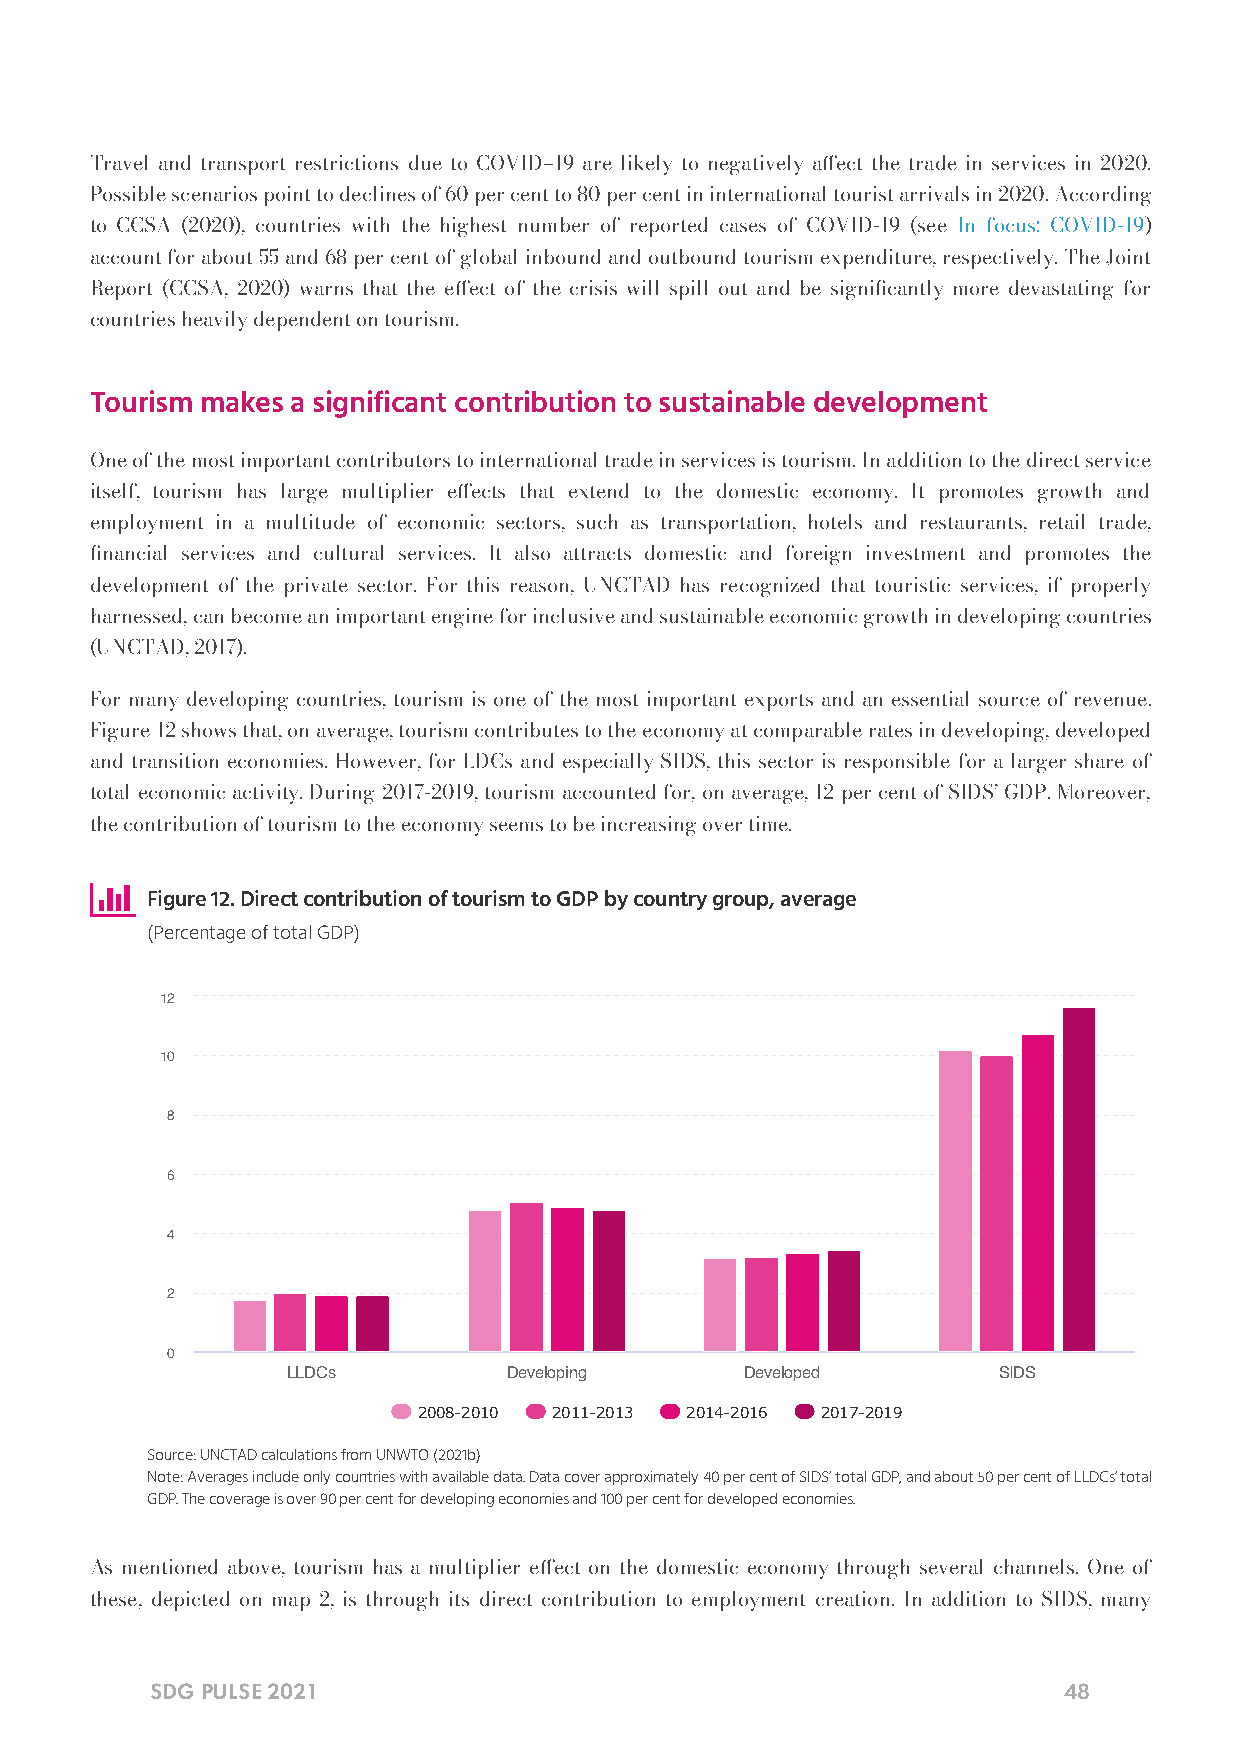
Travel and transport restrictions due to COVID–19 are likely to negatively aect the trade in services in 2020.
 Possible scenarios point to declines of 60 per cent to 80 per cent in international tourist arrivals in 2020. According
 to CCSA (2020), countries with the highest number of reported cases of COVID-19 (see In focus: COVID-19)
 account for about 55 and 68 per cent of global inbound and outbound tourism expenditure, respectively. The Joint
 Report (CCSA, 2020) warns that the eect of the crisis will spill out and be signicantly more devastating for
 countries heavily dependent on tourism.
 Tourism makes a significant contribution to sustainable development
 One of the most important contributors to international trade in services is tourism. In addition to the direct service
 itself, tourism has large multiplier eects that extend to the domestic economy. It promotes growth and
 employment in a multitude of economic sectors, such as transportation, hotels and restaurants, retail trade,
 nancial services and cultural services. It also attracts domestic and foreign investment and promotes the
 development of the private sector. For this reason, UNCTAD has recognized that touristic services, if properly
 harnessed, can become an important engine for inclusive and sustainable economic growth in developing countries
 (UNCTAD, 2017).
 For many developing countries, tourism is one of the most important exports and an essential source of revenue.
 Figure 12 shows that, on average, tourism contributes to the economy at comparable rates in developing, developed
 and transition economies. However, for LDCs and especially SIDS, this sector is responsible for a larger share of
 total economic activity. During 2017-2019, tourism accounted for, on average, 12 per cent of SIDS’ GDP. Moreover,
 the contribution of tourism to the economy seems to be increasing over time.
 
 Figure 12. Direct contribution of tourism to GDP by country group, average
 (Percentage of total GDP)
 12
 10
 8
 6
 4
 2
 0
 LLDCs          Developing     Developed        SIDS
 2008-2010 2011-2013 2014-2016 2017-2019
 Source: UNCTAD calculations from UNWTO (2021b)
 Note: Averages include only countries with available data. Data cover approximately 40 per cent of SIDS’ total GDP, and about 50 per cent of LLDCs’ total
 GDP. The coverage is over 90 per cent for developing economies and 100 per cent for developed economies.
 As mentioned above, tourism has a multiplier eect on the domestic economy through several channels. One of
 these, depicted on map 2, is through its direct contribution to employment creation. In addition to SIDS, many
 SDG PULSE 2021                                              48